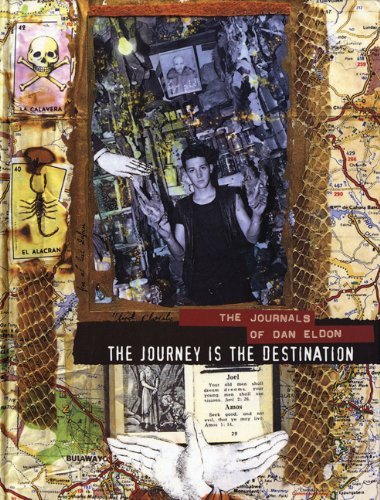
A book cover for The Journey is the Destination: The Journals of Dan Eldon; Dan Eldon; Arts & Photography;